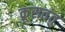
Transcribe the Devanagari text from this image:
क्रूसतंतु